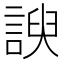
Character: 諛